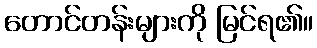
တောင်တန်းများကို မြင်ရ၏။